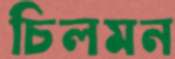
চিলমন